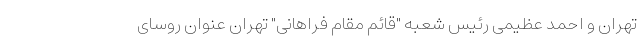
تهران و احمد عظیمی رئیس شعبه "قائم مقام فراهانی" تهران عنوان روسای